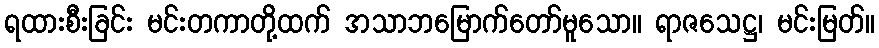
ရထားစီးခြင်း မင်းတကာတို့ထက် အသာဘမြောက်တော်မူသော။ ရာဇသေဋ္ဌ၊ မင်းမြတ်။